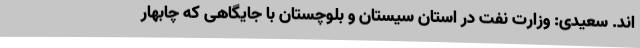
اند. سعیدی: وزارت نفت در استان سیستان و بلوچستان با جایگاهی که چابهار